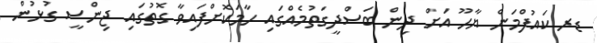
ޑރ ކައުފްމަން ޔާހޫ އަށް ދިން ބަސްދީގަތުމެއްގައި ހާމަކޮށްފައިވާ ގޮތުގައި ޖިންސީ ގުޅުން